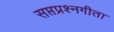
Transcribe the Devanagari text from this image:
सप्तप्रश्नगीता